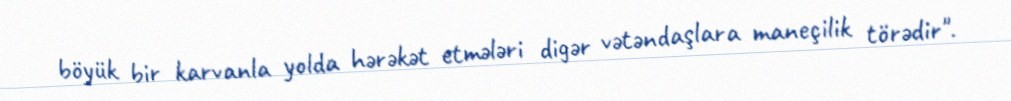
böyük bir karvanla yolda hərəkət etmələri digər vətəndaşlara maneçilik törədir".